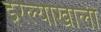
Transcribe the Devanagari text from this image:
इरल्याखाली